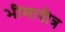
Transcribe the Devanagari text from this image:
भीमापौत्र